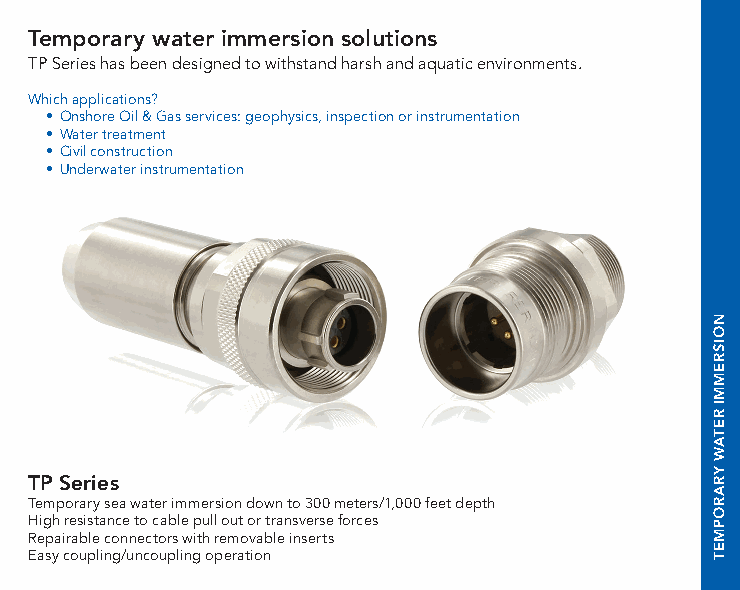
Temporary water immersion solutions
 TP Series has been designed to withstand harsh and aquatic environments.
 Which applications?
 • Onshore Oil & Gas services: geophysics, inspection or instrumentation
 • Water treatment
 • Civil construction
 • Underwater instrumentation
 TP Series
 Temporary sea water immersion down to 300 meters/1,000 feet depth
 High resistance to cable pull out or transverse forces
 Repairable connectors with removable inserts
 Easy coupling/uncoupling operation
 NOISREMMI
 RETAW
 YRAROPMET